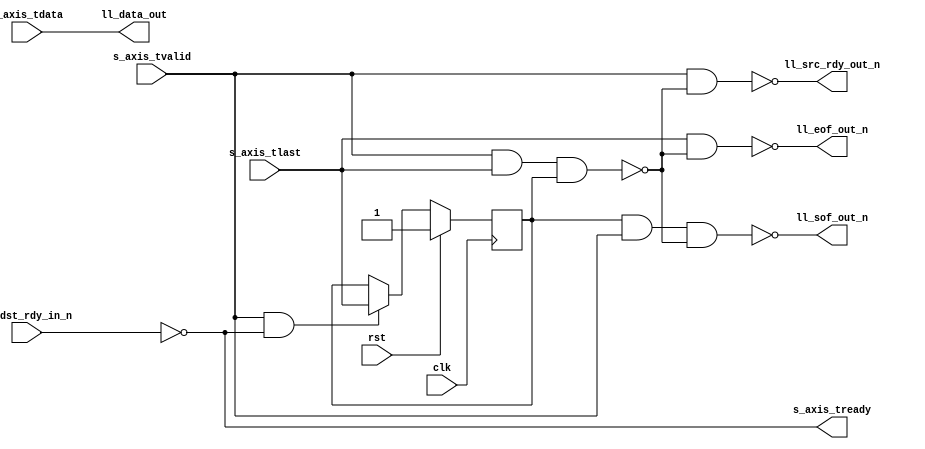
module axis_ll_bridge #
(
    parameter DATA_WIDTH = 8
)
(
    input  wire                   clk,
    input  wire                   rst,

    /*
     * AXI input
     */
    input  wire [DATA_WIDTH-1:0]  s_axis_tdata,
    input  wire                   s_axis_tvalid,
    output wire                   s_axis_tready,
    input  wire                   s_axis_tlast,

    /*
     * LocalLink output
     */
    output wire [DATA_WIDTH-1:0]  ll_data_out,
    output wire                   ll_sof_out_n,
    output wire                   ll_eof_out_n,
    output wire                   ll_src_rdy_out_n,
    input  wire                   ll_dst_rdy_in_n
);

reg last_tlast = 1'b1;

always @(posedge clk) begin
    if (rst) begin
        last_tlast = 1'b1;
    end else begin
        if (s_axis_tvalid && s_axis_tready) last_tlast = s_axis_tlast;
    end
end

// high for packet length 1 -> cannot set SOF and EOF in same cycle
// invalid packets are discarded
wire invalid = s_axis_tvalid && s_axis_tlast && last_tlast;

assign s_axis_tready = !ll_dst_rdy_in_n;

assign ll_data_out = s_axis_tdata;
assign ll_sof_out_n = !(last_tlast && s_axis_tvalid && !invalid);
assign ll_eof_out_n = !(s_axis_tlast && !invalid);
assign ll_src_rdy_out_n = !(s_axis_tvalid && !invalid);

endmodule